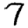
Digit: 7